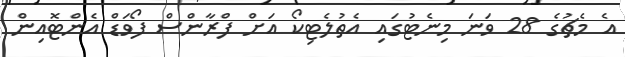
އެ މެޗުގެ 28 ވަނަ މިނެޓުގައި އެތުލެޓިކޯ އަށް ފްރާންސް ފޯވަޑް އެންޓޮއިން